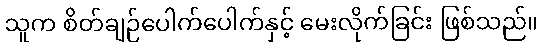
သူက စိတ်ချဉ်ပေါက်ပေါက်နှင့် မေးလိုက်ခြင်း ဖြစ်သည်။